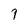
Character: 7